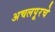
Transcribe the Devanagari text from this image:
अचलपूरचे